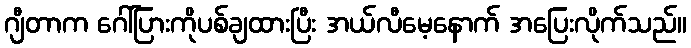
ဂျီတာက ဂေါ်ပြားကိုပစ်ချထားပြီး အယ်လီမေ့နောက် အပြေးလိုက်သည်။